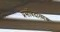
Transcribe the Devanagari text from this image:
प्रसंविदात्मक